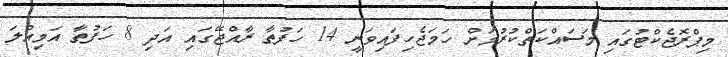
މިޕްރޮޖެކްޓުގައި މަސައްކަތްކުރުމަށް ހަމަޖެހިފައިވަނީ 14 ހަފުތާ ރާއްޖޭގައި އަދި 8 ހަފުތާ އަމިއްލަ